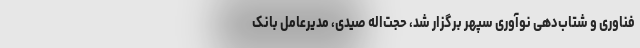
فناوری و شتاب‌دهی نوآوری سپهر برگزار شد، حجت‌اله صیدی، مدیرعامل بانک